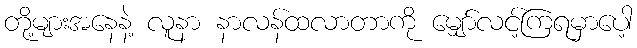
တို့များအနေနဲ့ လူနာ နာလန်ထလာတာကို မျှော်လင့်ကြရမှာပေါ့